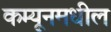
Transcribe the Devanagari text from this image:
कम्यूनमधील